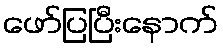
ဖော်ပြပြီးနောက်